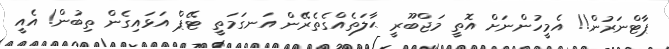
ޕާޓްނަރުން!! އެމީހުންނަށް އޮތީ މަޖްބޫރީ ޙާލަތެއްގެތެރޭން އަނގަމަތީ ޓޭޕް އަޅައިގެން ތިބުން! އެއީ